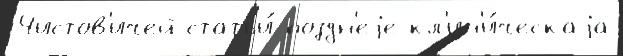
Чистов'ичей статьи́ поздн'еjе кл'ин'и́ческаjа